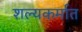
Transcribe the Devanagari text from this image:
शल्यकर्मात